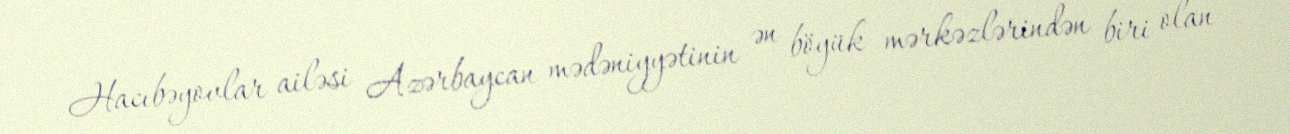
Hacıbəyovlar ailəsi Azərbaycan mədəniyyətinin ən böyük mərkəzlərindən biri olan